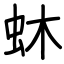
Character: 蚞